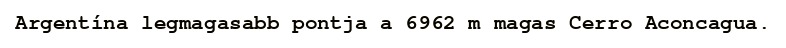
Argentína legmagasabb pontja a 6962 m magas Cerro Aconcagua.